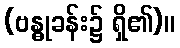
(ဗန္ဓုခန်း၌ ရှိ၏)။